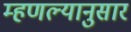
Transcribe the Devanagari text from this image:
म्हणल्यानुसार